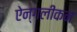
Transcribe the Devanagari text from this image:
ऐन्गलीकन